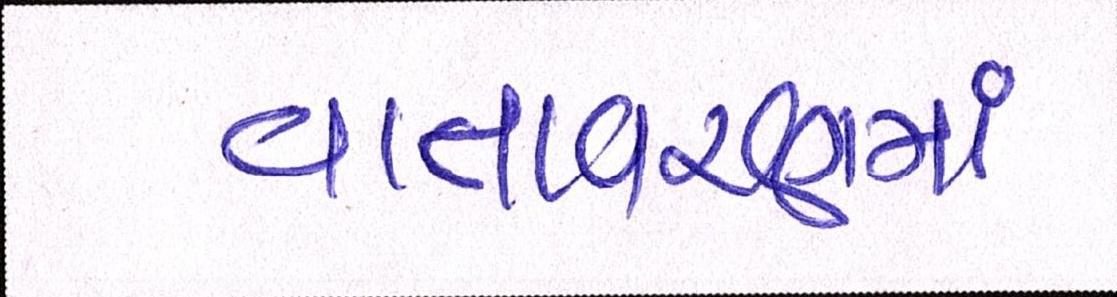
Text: વાતાવરણમાં